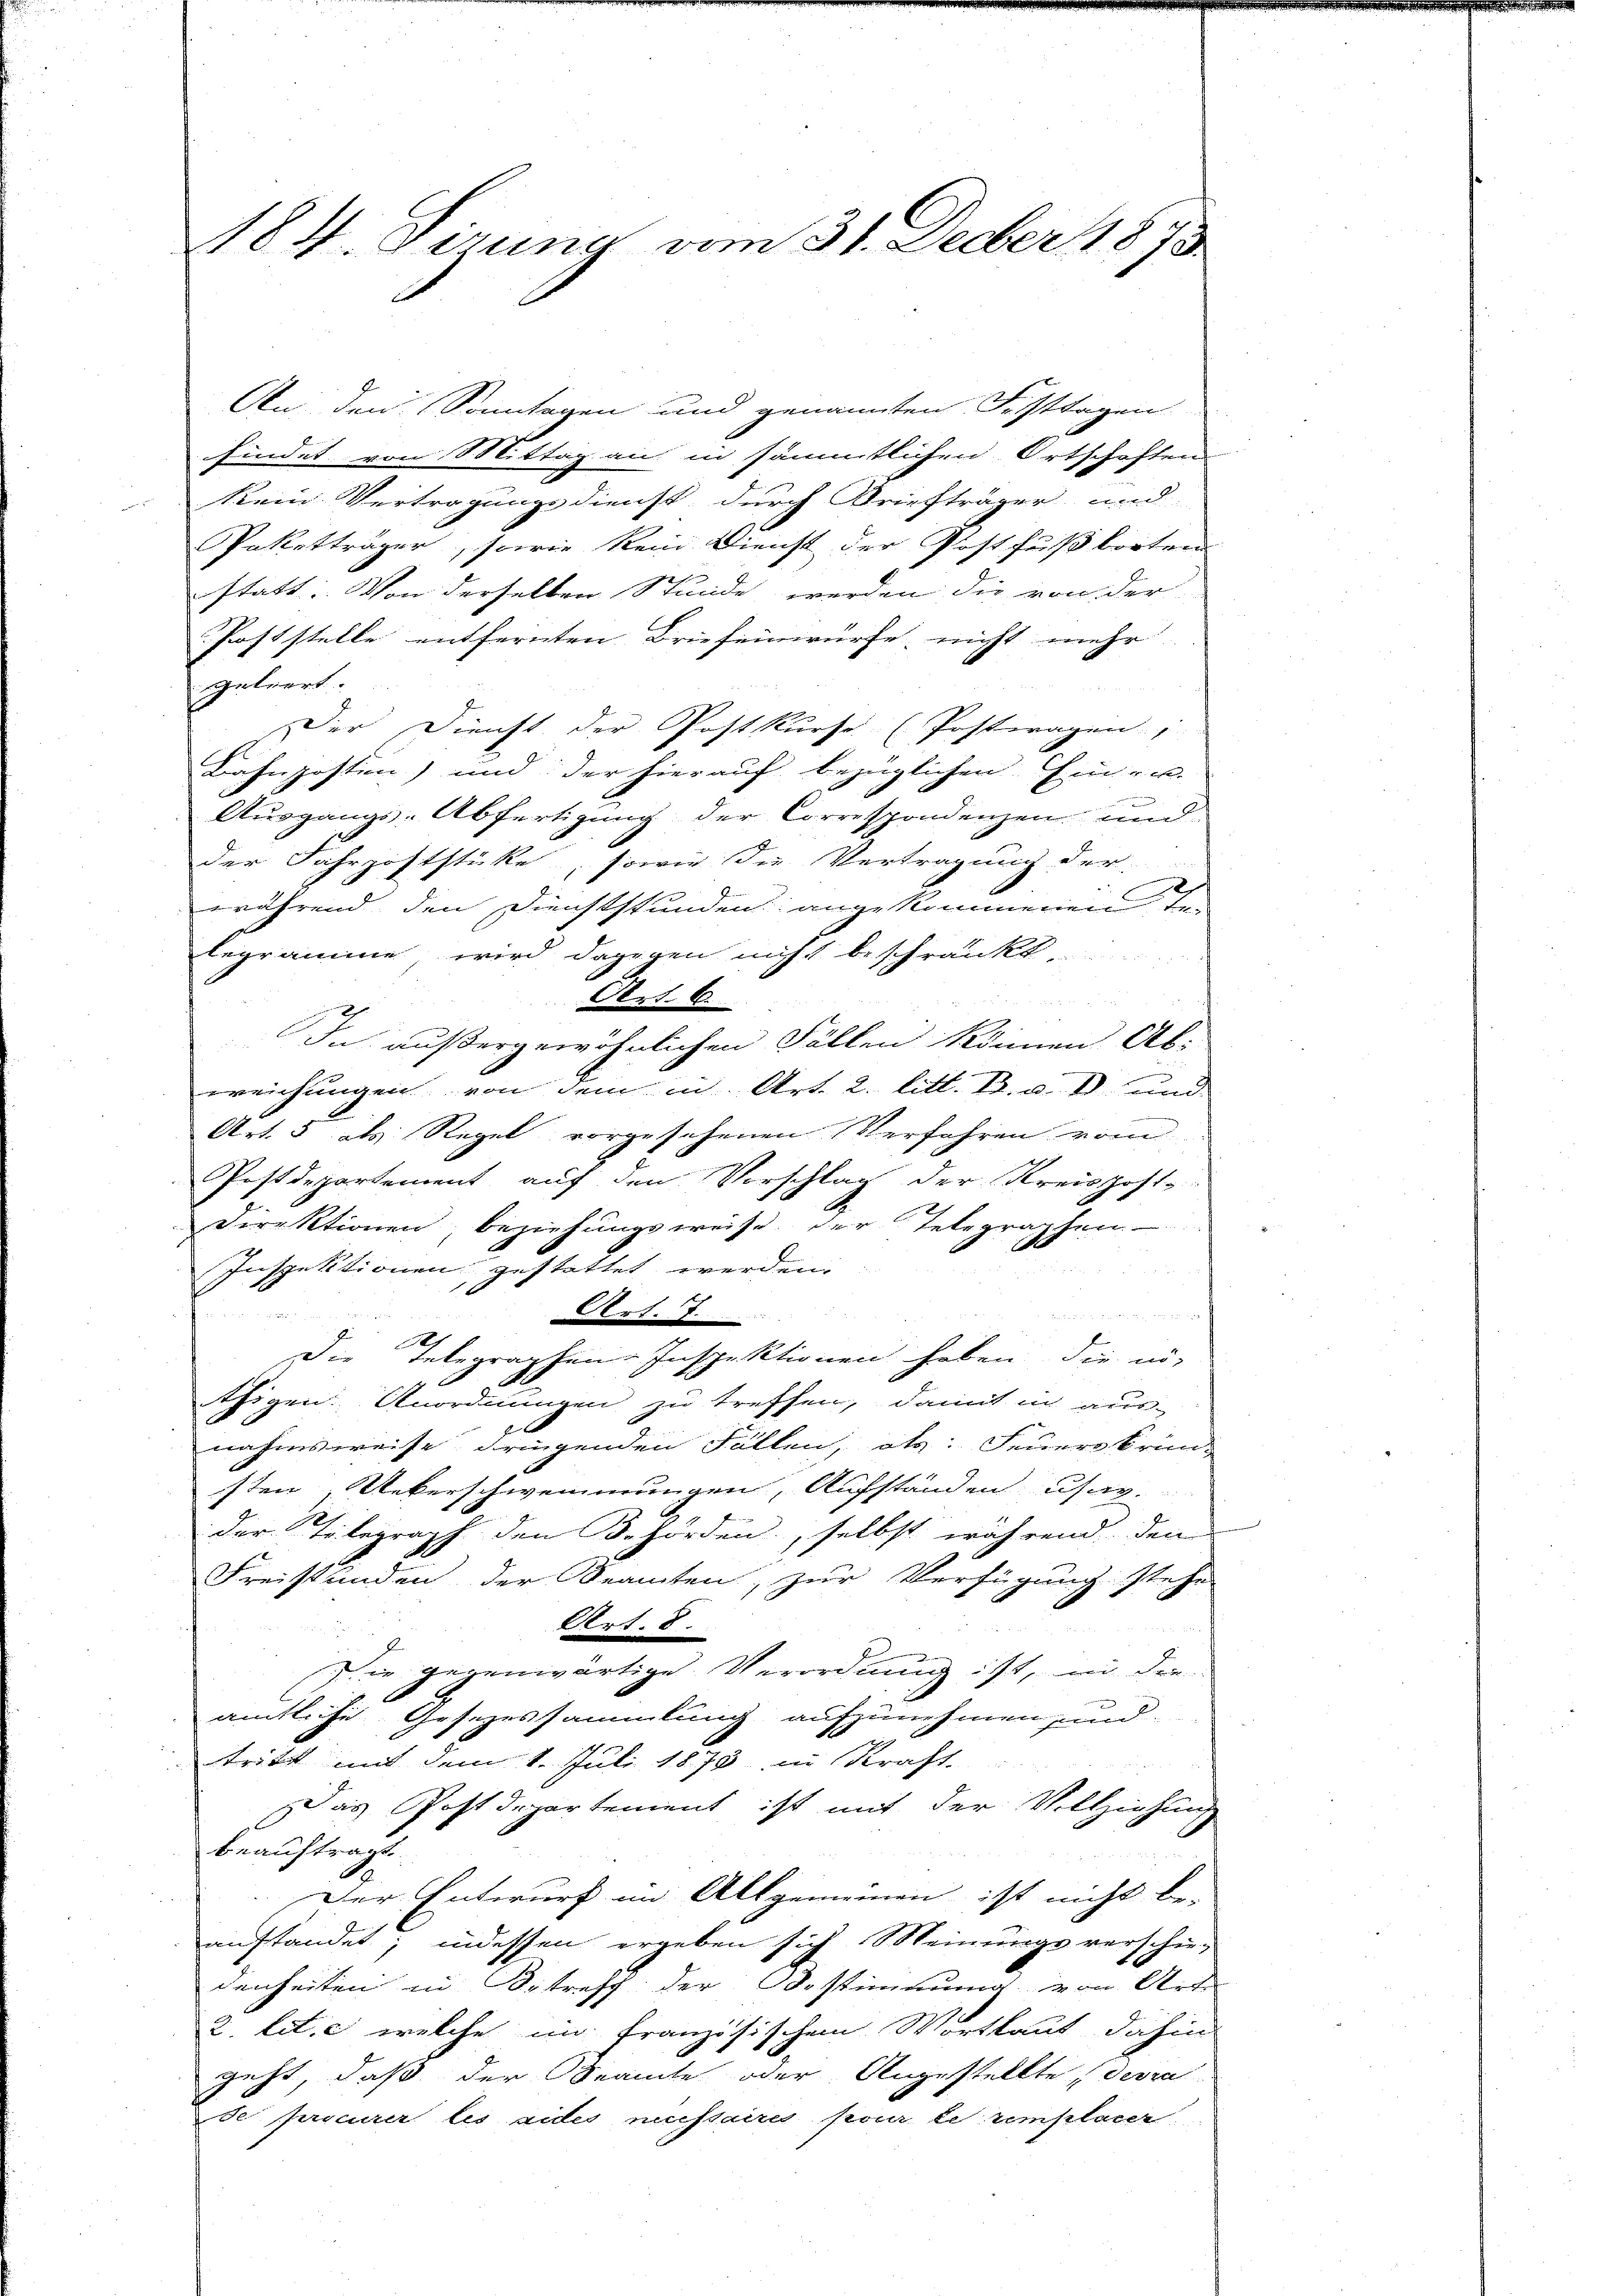
184. Sirung vom 31. Decber 1873

An den Sonntagen und genannten Festtagen
findet von Mittag an in sämmtlichen Ortschaften
kein Vertragungsdienst durch Briefträger und
Paketträger, sowie kein Dienst der Postfußtorten
statt. Von derselben Stunde werden die von der
Poststelle entfernten Briefeinwürfe nicht mehr
etiert.
Der Dienst der Postkurse (Postwagen,
Bahnpostion) und der hierauf bezüglichen Ein- u.
Ausgangs-Abfertigung der Correspondenzen und
der Fahrpoststücke, sowie die Vertragung der
während den Dienststunden angekommenen Te
legramme, wird dagegen nicht beschränkt
Art. 6.
 84 f 0 x
In außergewöhnlichen Fällen können Ab-
weichungen von dem in Art. 2. litt. B. u. D. und
Art. 5 als Regel vorgesehenen Verfahren vom
Postdepartement auf den Vorschlag der Kreishoff-
Direktionen beziehungsweise der Telegraphen
Inspektionen, gestattet werden.
und
Art. 7
Die Telegraphen-Inspektionen haben, die nö-
thigen. Anordnungen zu treffen, damit in aus-
nahmsweise dringenden Fällen, als: Feuere brinsten Ueberschwemmungen, Aufständen usav.
der Telegraph den Behörden, selbst während den
Freistunden der Beamten, zur Verfügung stehe
Art. 8.
Die gegenwärtige Verordnung ist, in die
amtliche Gesezessammlung aufzunehmen sind.
tritt mit dem 1. Juli 1873 in Kraft.
Das Postdepartement ist mit der Vollziehung
beauftragt.
Der Entwurf im Allgemeinen ist nicht be-
anstandet; indessen ergeben sich Meinungsverschiedenheiten in Betreff der Bestimmung von Art.
2. lit. c, welche im Französischen Wortlaut dahin
recht, daß der Seamte oder Angestellte, devra
de furocurer les sides necessaires pour le remplarer